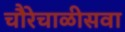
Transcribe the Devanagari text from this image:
चौरेचाळीसवा